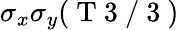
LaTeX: \sigma_{x}\sigma_{y}(\mathrm{~T~3~/~3~})